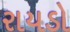
રાયડો